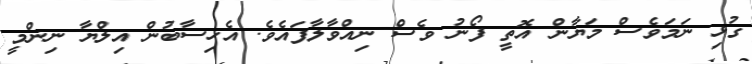
ގުޅި ނަމަވެސް މަޔާން އޮތީ ފޯނު ވެސް ނިއްވާލާފައެވެ. އެހިސާބުން އިލްޔާ ނިންމީ